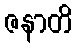
ဇနာတိ